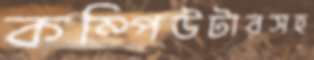
কম্পিউটারসহ